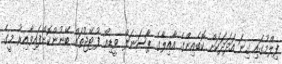
ފިލްމުގައި ގިނަ އަދަދަކަށް ކޮބެއިންގެ އާއިލާގެ ޕާސަނަލް ވީޑިއޯ ފުޓޭޖުތައް ބޭނުންކޮށްފައިވާއިރު މީގެ